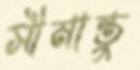
সীমান্তু